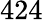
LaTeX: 424